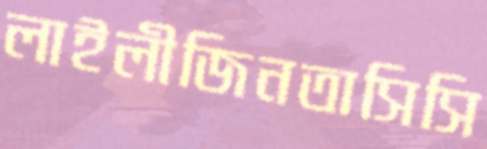
লাইলীজিনতাসিসি